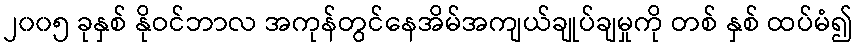
၂၀၀၅ ခုနှစ် နိုဝင်ဘာလ အကုန်တွင်နေအိမ်အကျယ်ချုပ်ချမှုကို တစ် နှစ် ထပ်မံ၍